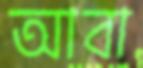
আবা